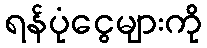
ရန်ပုံငွေများကို